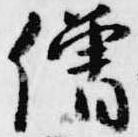
僧